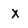
Character: x